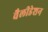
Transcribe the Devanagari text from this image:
वैलीडेशन